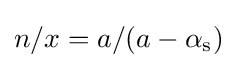
n/x=a/(a-\alpha _{\rm {s}})